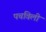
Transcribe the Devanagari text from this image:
पचविली